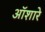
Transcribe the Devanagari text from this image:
ऑशारे